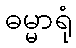
ဓမ္မာရုံ